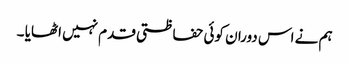
ہم نے اس دوران کوئی حفاظتی قدم نہیں اٹھایا ۔